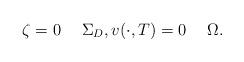
LaTeX: \begin{align*} \zeta=0\quad\; \Sigma_D, v(\cdot,T)=0 \quad\;\Omega. \end{align*}